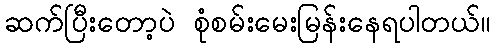
ဆက်ပြီးတော့ပဲ စုံစမ်းမေးမြန်းနေရပါတယ်။